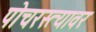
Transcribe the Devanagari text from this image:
पोचरस्त्यावर